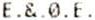
E.&.0.E.